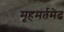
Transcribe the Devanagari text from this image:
मूहमर्तमेढ